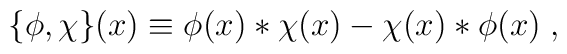
\{\phi,\chi\}(x) \equiv \phi(x) *\chi(x) - \chi(x) * \phi(x)\; ,